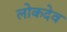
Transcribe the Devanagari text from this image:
लोकदेव